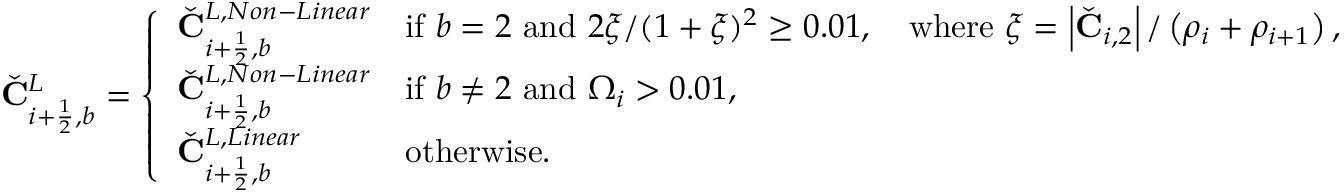
\check { \mathbf { C } } _ { i + \frac { 1 } { 2 } , b } ^ { L } = \left\{ \begin{array} { l l } { \check { \mathbf { C } } _ { i + \frac { 1 } { 2 } , b } ^ { L , N o n - L i n e a r } } & { \mathrm { i f ~ } b = 2 \mathrm { ~ a n d ~ } 2 \xi / ( 1 + \xi ) ^ { 2 } \geq 0 . 0 1 , \quad \mathrm { w h e r e ~ } \xi = \left| { \check { \mathbf { C } } } _ { i , 2 } \right| / \left( \rho _ { i } + \rho _ { i + 1 } \right) , } \\ { \check { \mathbf { C } } _ { i + \frac { 1 } { 2 } , b } ^ { L , N o n - L i n e a r } } & { \mathrm { i f ~ } b \neq 2 \mathrm { ~ a n d ~ } \Omega _ { i } > 0 . 0 1 , } \\ { \check { \mathbf { C } } _ { i + \frac { 1 } { 2 } , b } ^ { L , L i n e a r } } & { \mathrm { o t h e r w i s e } . } \end{array} \right.